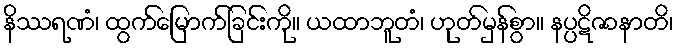
နိဿရဏံ၊ ထွက်မြောက်ခြင်းကို။ ယထာဘူတံ၊ ဟုတ်မှန်စွာ။ နပ္ပဋိဇာနာတိ၊